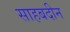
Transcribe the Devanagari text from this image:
साहबदीन